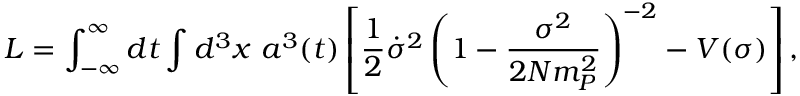
L = \int _ { - \infty } ^ { \infty } d t \int d ^ { 3 } x ~ a ^ { 3 } ( t ) \left[ \frac { 1 } { 2 } \dot { \sigma } ^ { 2 } \left( 1 - \frac { \sigma ^ { 2 } } { 2 N m _ { P } ^ { 2 } } \right) ^ { - 2 } - V ( \sigma ) \right] ,